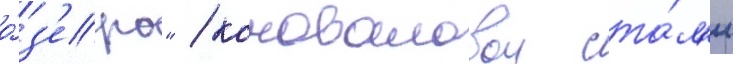
о́з'еро" / коноваловои ста́л'и